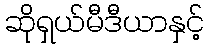
ဆိုရှယ်မီဒီယာနှင့်